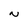
Character: N